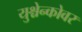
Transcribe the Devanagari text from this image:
युश्चेन्कोवर